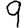
Digit: 9